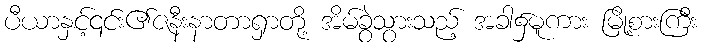
ပီယာနှင့်၎င်း၏ဇနီးနာတာရှာတို့ အိမ်ခွဲသွားသည့် အခါ၌မူကား မြို့စားကြီး